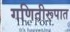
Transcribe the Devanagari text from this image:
गणितीरूपात